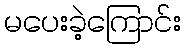
မပေးခဲ့ကြောင်း